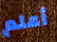
أعلم